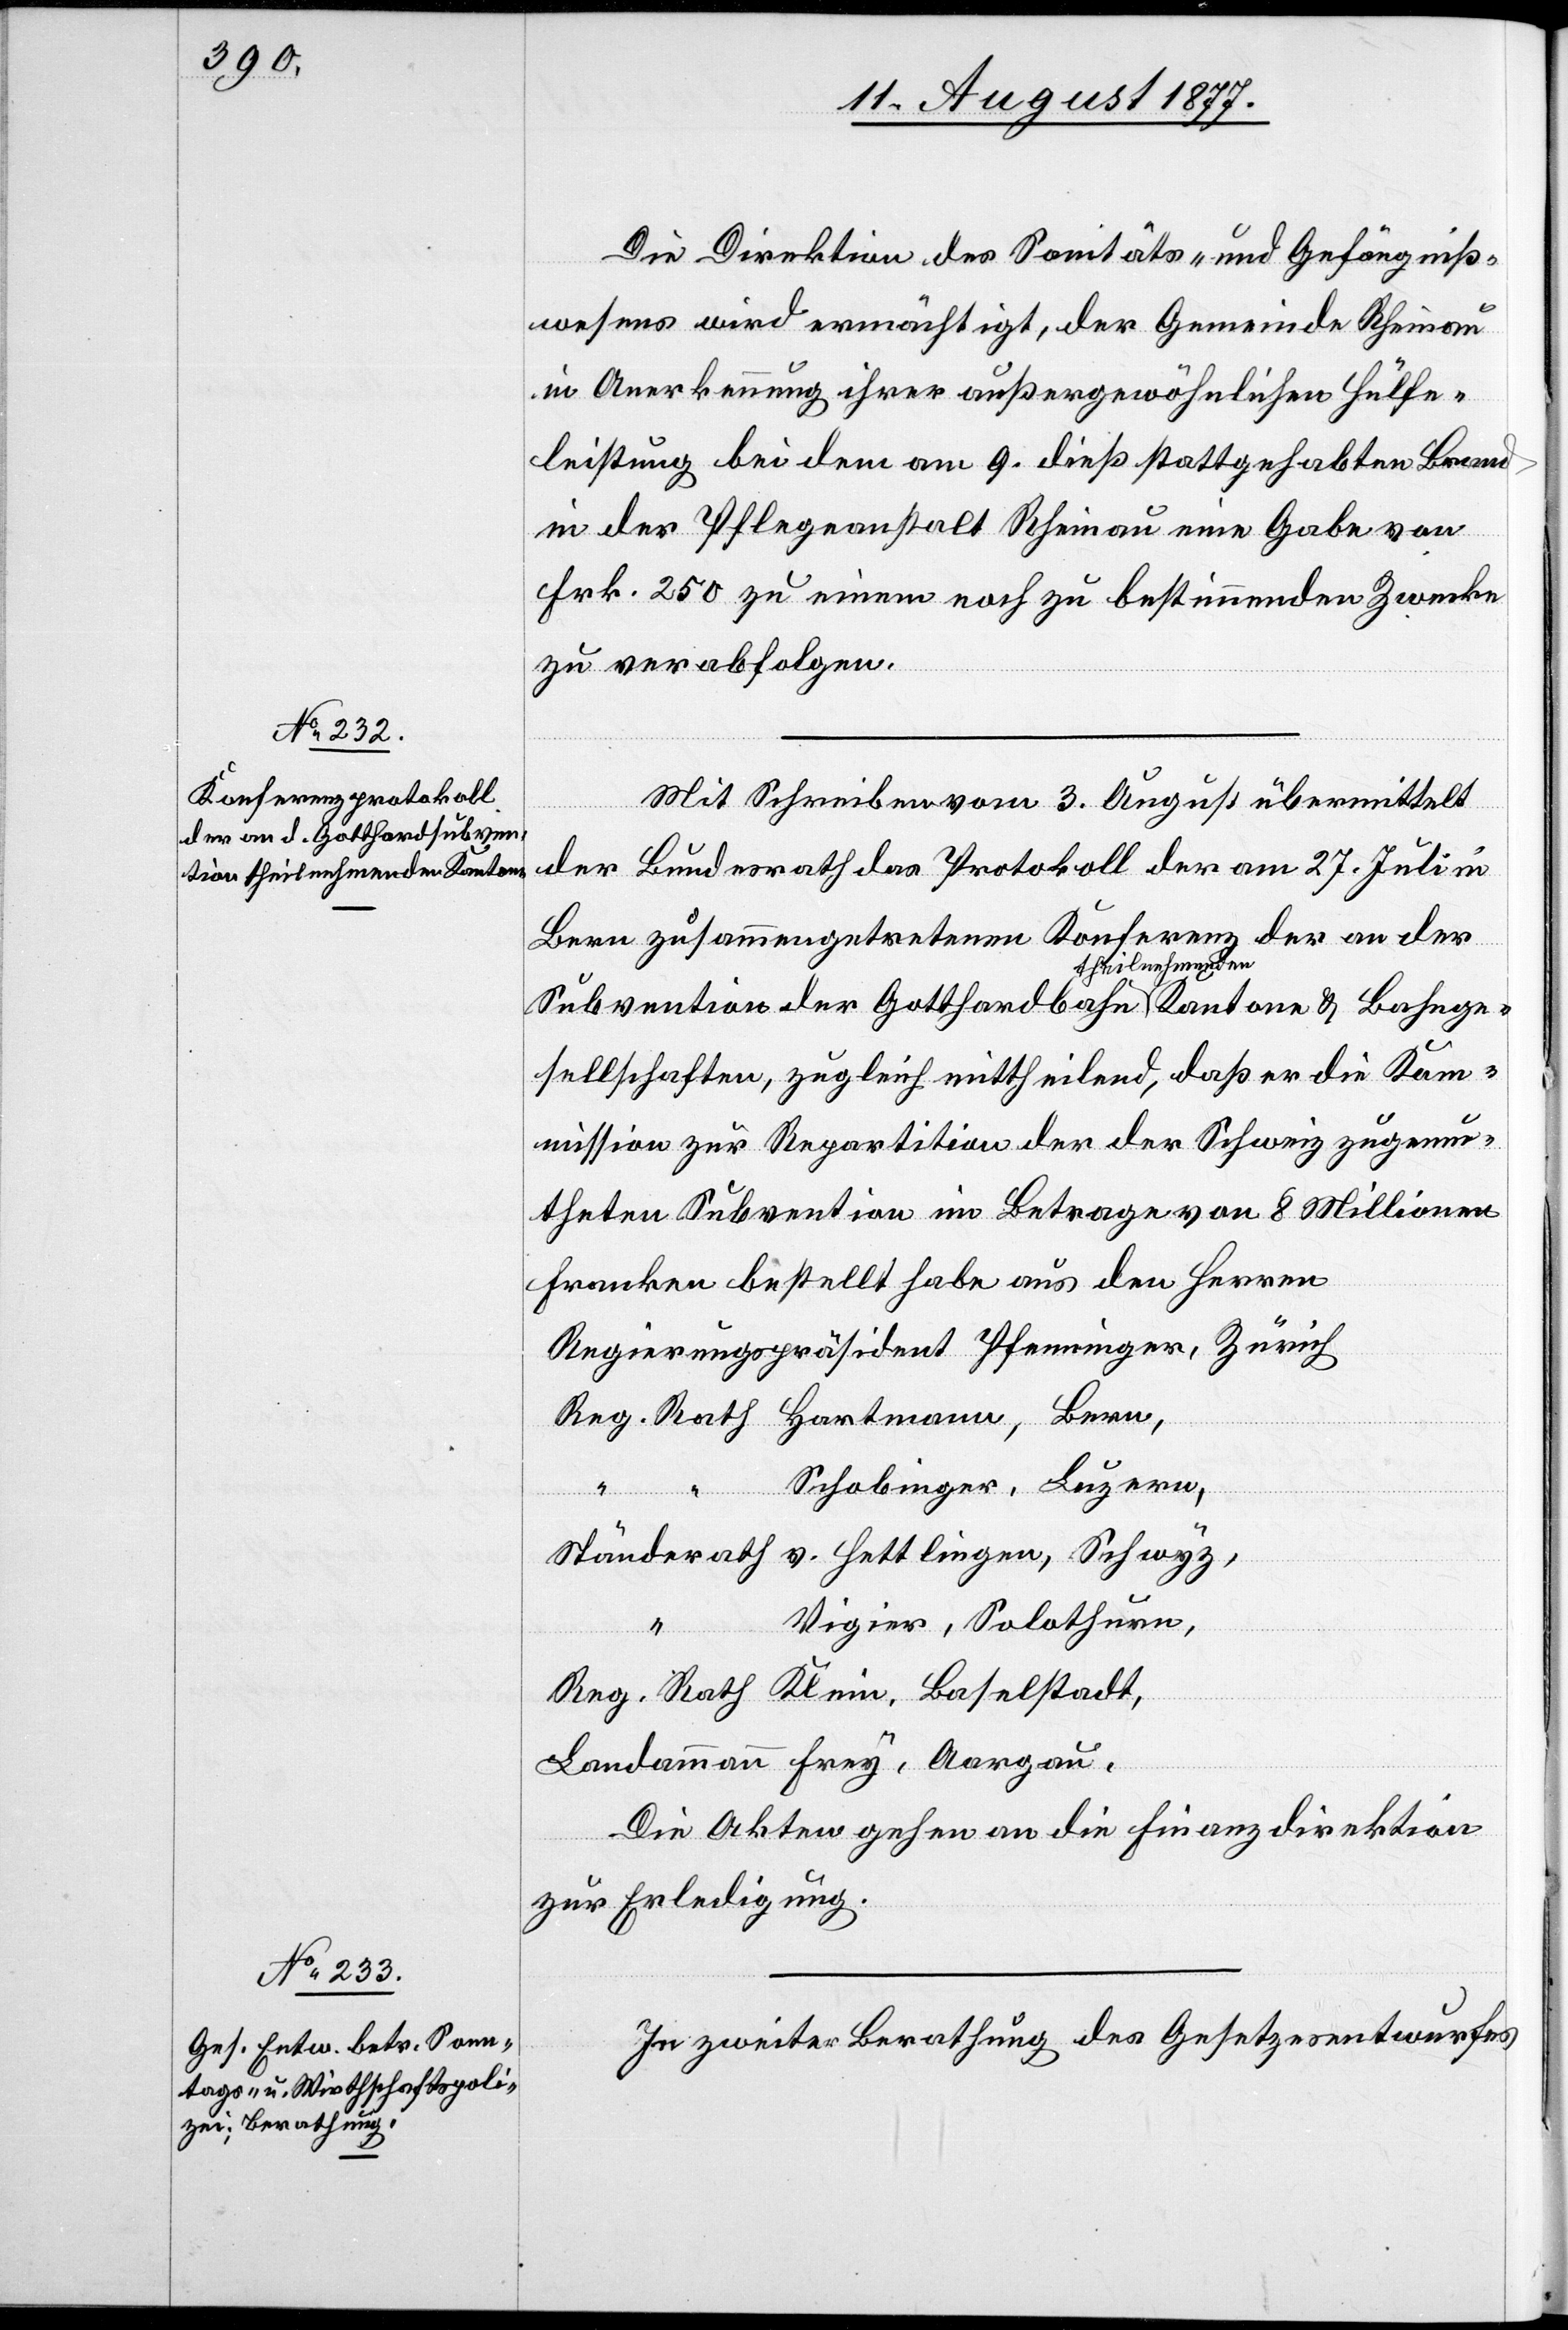
Die Direktion des Sanitäts- und Gefängniß¬
wesens wird ermächtigt, der Gemeinde Rheinau
in Anerkennung ihrer außergewöhnlichen Hülfe¬
leistung bei dem am 9. dieß stattgehabten Brand
in der Pflegeanstalt Rheinau eine Gabe von
Frk. 250 zu einem noch zu bestimmenden Zwecke
zu verabfolgen.
Mit Schreiben vom 3. August übermittelt
der Bundesrath das Protokoll der am 27. Juli in
Bern zusammengetretenen Konferenz der an der
Subvention der Gotthardbahn theilnehmenden Kantone & Bahnge¬
sellschaften, zugleich mittheilend, daß er die Kom¬
mission zur Repartition der der Schweiz zugemu¬
theten Subvention im Betrage von 8 Millionen
Franken bestellt habe aus den Herren
Regierungspräsident Pfenninger, Zürich
Reg. Rath Hartmann, Bern,
Schobinger, Luzern,
Ständerath v. Hettlingen, Schwyz,
Vigier, Solothurn,
Reg. Rath Klein, Baselstadt,
Landammann Frey, Aargau.
Die Akten gehen an die Finanzdirektion
zur Erledigung.
In zweiter Berathung des Gesetzesentwurfes